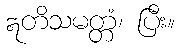
ဣတိသမတ္တံ၊ ပြီး။